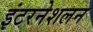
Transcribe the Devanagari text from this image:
इंटरनेशलन